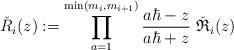
LaTeX: \begin{align*}\check R_i(z):=\prod_{a=1}^{\min(m_i,m_{i+1})} \frac{a\hbar-z}{a\hbar+z}\ \check{\mathfrak R}_i(z)\end{align*}